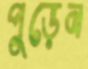
পুড়েন